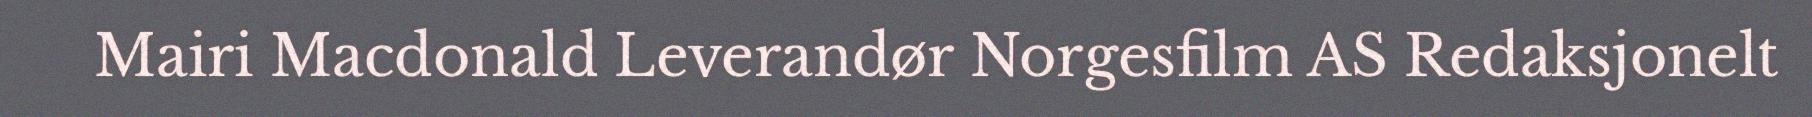
Mairi Macdonald Leverandør Norgesfilm AS Redaksjonelt